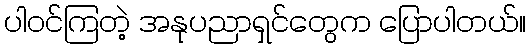
ပါဝင်ကြတဲ့ အနုပညာရှင်တွေက ပြောပါတယ်။